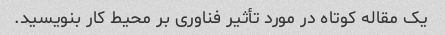
یک مقاله کوتاه در مورد تأثیر فناوری بر محیط کار بنویسید.